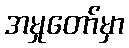
အမှုတော်မှာ